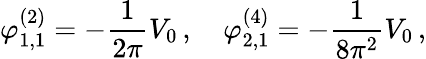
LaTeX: \varphi_{1,1}^{(2)}=-\frac{1}{2\pi}V_{0}\, ,\quad\varphi_{2,1}^{(4)}=-\frac{1}{8\pi^{2}}V_{0}\, ,